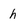
Character: h